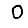
Digit: 0